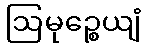
ဩမုဉ္စေယျံ